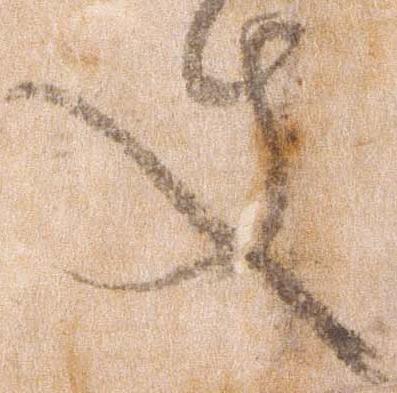
件